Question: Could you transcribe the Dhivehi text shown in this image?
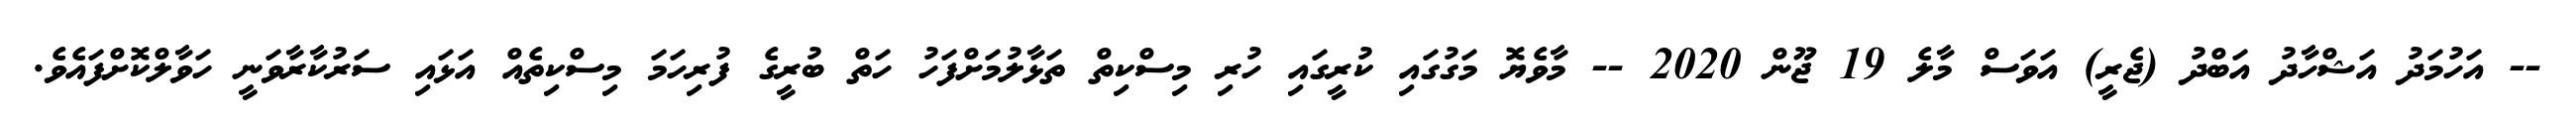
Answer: -- އަހުމަދު އަޝްހާދު އަބްދު (ޖެރީ) އަވަސް މާލެ 19 ޖޫން 2020 -- މާވެޔޮ މަގުގައި ކުރީގައި ހުރި މިސްކިތް ތަޅާލުމަށްފަހު ހަތް ބުރީގެ ފުރިހަމަ މިސްކިތެއް އަޅައި ސަރުކާރާވަނީ ހަވާލްކޮށްފައެވެ.